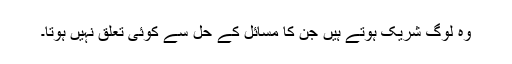
وہ لوگ شریک ہوتے ہیں جن کا مسائل کے حل سے کوئی تعلق نہیں ہوتا۔